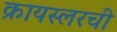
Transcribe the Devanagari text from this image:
क्रायस्लरची